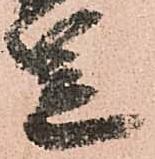
笠